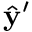
\hat { \mathbf { y } } ^ { \prime }